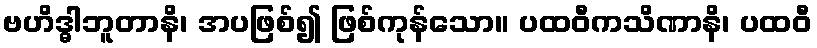
ဗဟိဒ္ဓါဘူတာနိ၊ အပဖြစ်၍ ဖြစ်ကုန်သော။ ပထဝီကသိဏာနိ၊ ပထဝီ